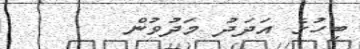
ބިހުގެ އަދަދު މަދުވުން